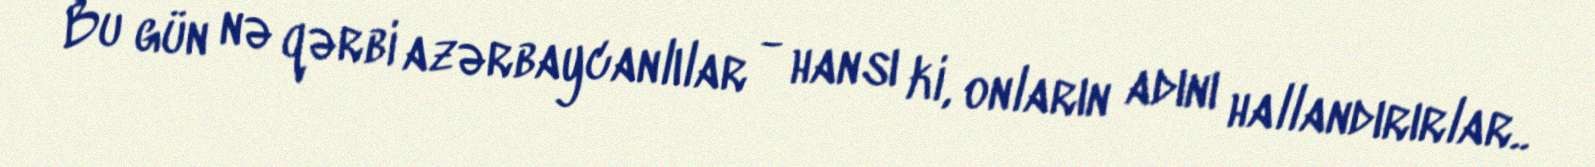
Bu gün nə qərbi azərbaycanlılar - hansı ki, onların adını hallandırırlar..